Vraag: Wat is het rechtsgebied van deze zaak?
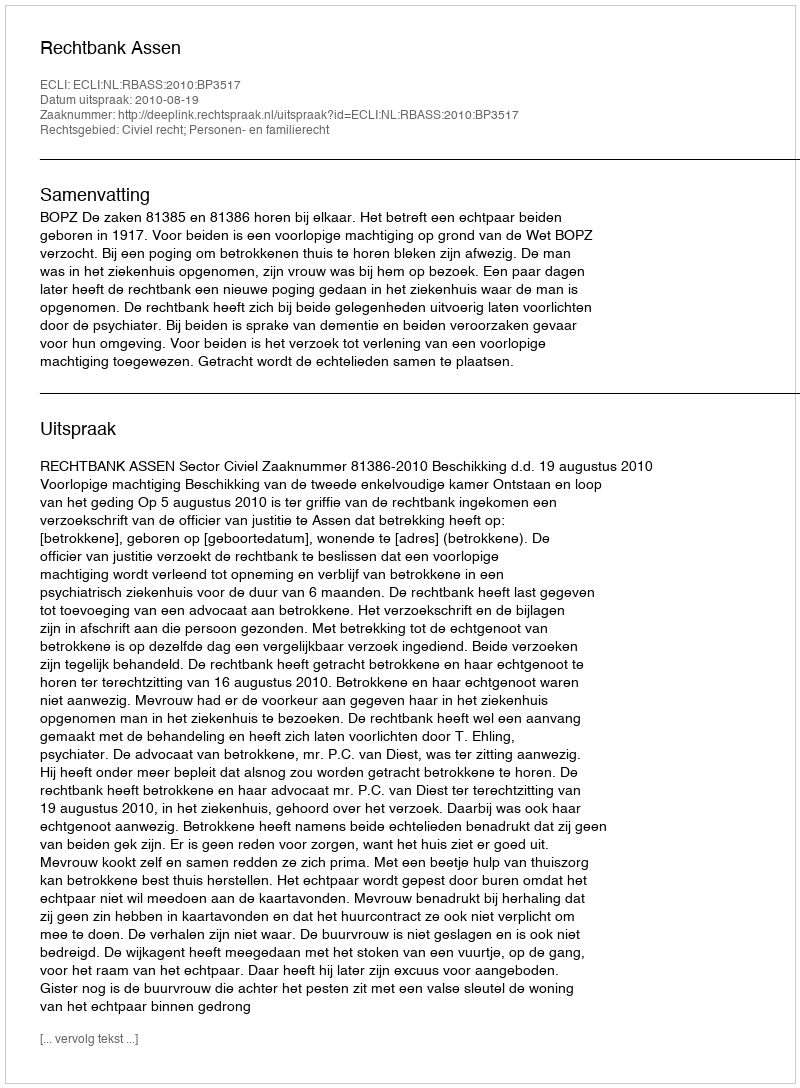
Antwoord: Civiel recht; Personen- en familierecht